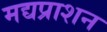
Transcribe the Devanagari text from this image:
मद्यप्राशन